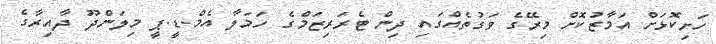
ހަށިކޮޅަށް އަމާޒުކޮށް މިރޭގެ ވަގުތެއްގައި ދިން ޓެރަރިޒަމްގެ ހަމަލާ އެމް.ޑީ.ޕީ މިލަންދޫ ދާއިރާގެ